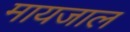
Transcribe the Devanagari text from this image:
मायजाल